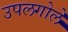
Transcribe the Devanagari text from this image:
उपलगोले